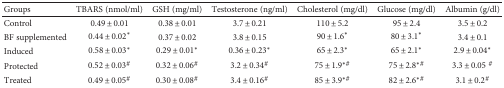
<table><thead><tr><td><b>Groups</b></td><td><b>TBARS (nmol/ml)</b></td><td><b>GSH (mg/ml)</b></td><td><b>Testosterone (ng/ml)</b></td><td><b>Cholesterol (mg/dl)</b></td><td><b>Glucose (mg/dl)</b></td><td><b>Albumin (g/dl)</b></td></tr></thead><tbody><tr><td>Control</td><td>0.49 ± 0.01</td><td>0.38 ± 0.01</td><td>3.7 ± 0.21</td><td>110 ± 5.2</td><td>95 ± 2.4</td><td>3.5 ± 0.2</td></tr><tr><td>BF supplemented</td><td>0.44 ± 0.02<sup>∗</sup></td><td>0.37 ± 0.02</td><td>3.8 ± 0.15</td><td>90 ± 1.6<sup>∗</sup></td><td>80 ± 3.1<sup>∗</sup></td><td>3.4 ± 0.1</td></tr><tr><td>Induced</td><td>0.58 ± 0.03<sup>∗</sup></td><td>0.29 ± 0.01<sup>∗</sup></td><td>0.36 ± 0.23<sup>∗</sup></td><td>65 ± 2.3<sup>∗</sup></td><td>65 ± 2.1<sup>∗</sup></td><td>2.9 ± 0.04<sup>∗</sup></td></tr><tr><td>Protected</td><td>0.52 ± 0.03<sup>#</sup></td><td>0.32 ± 0.06<sup>#</sup></td><td>3.2 ± 0.34<sup>#</sup></td><td>75 ± 1.9<sup>∗#</sup></td><td>75 ± 2.8<sup>∗#</sup></td><td>3.3 ± 0.05 <sup>#</sup></td></tr><tr><td>Treated</td><td>0.49 ± 0.05<sup>#</sup></td><td>0.30 ± 0.08<sup>#</sup></td><td>3.4 ± 0.16<sup>#</sup></td><td>85 ± 3.9<sup>∗#</sup></td><td>82 ± 2.6<sup>∗#</sup></td><td>3.1 ± 0.2<sup>#</sup></td></tr></tbody></table>